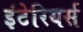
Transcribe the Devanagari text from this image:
इंटेरियर्स